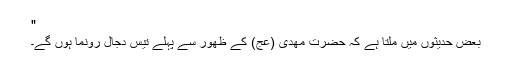
"
بعض حدیثوں میں ملتا ہے كہ حضرت مھدی (عج) كے ظھور سے پہلے تیس دجال رونما ہوں گے۔